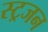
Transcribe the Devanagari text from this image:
स्ट्रजन